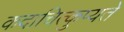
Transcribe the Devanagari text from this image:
कदाचित्कुप्यते